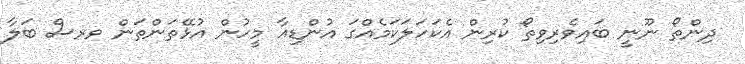
ދިންތޯ ނޫނީ ބައިވެރިވިތޯ ކުރިން އެކަހަލަކަމެއްގަ އުންޑިއާ މީހުން އުޅޭތަންތަން ވރސް ބަލާ